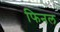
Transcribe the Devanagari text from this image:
फिनल